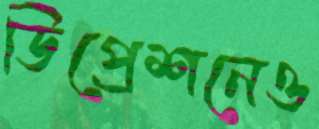
ডিপ্রেশনেও